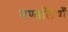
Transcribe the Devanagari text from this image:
मण्डलियाँ